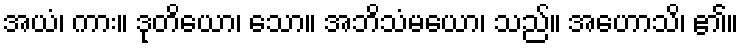
အယံ၊ ကား။ ဒုတိယော၊ သော။ အဘိသံမယော၊ သည်။ အဟောသိ၊ ၏။